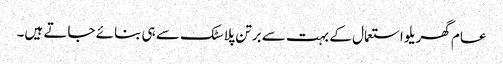
عام گھریلو استعمال کے بہت سے برتن پلاسٹک سے ہی بنائے جاتے ہیں۔